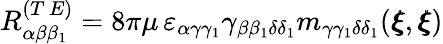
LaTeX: R_{\alpha\beta\beta_{1}}^{(T\, E)}=8\pi\mu\, \varepsilon_{\alpha\gamma\gamma_{1}}\gamma_{\beta\beta_{1}\delta\delta_{1}}m_{\gamma\gamma_{1}\delta\delta_{1}}({\pmb\xi},{\pmb\xi})